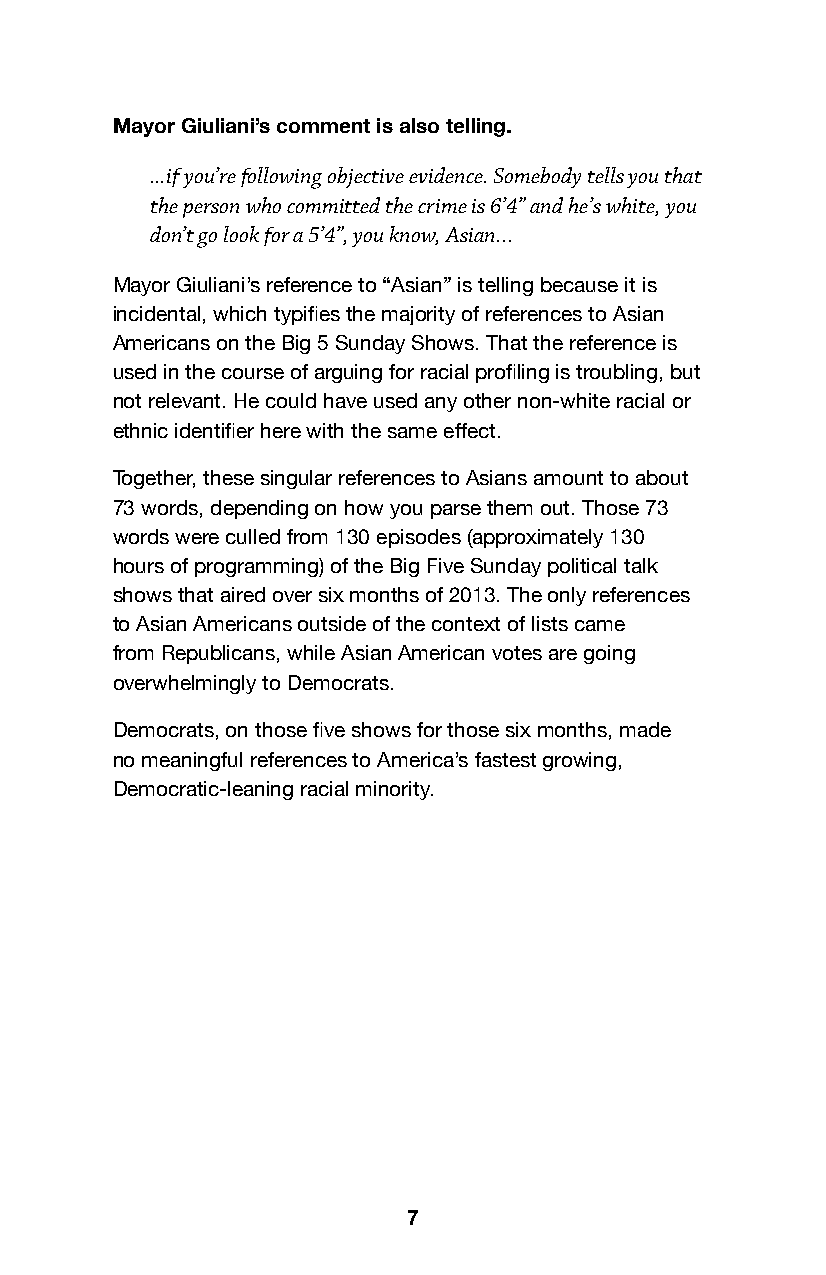
Mayor Giuliani’s comment is also telling.
 ...if you’re following objective evidence. Somebody tells you that
 the person who committed the crime is 6’4” and he’s white, you
 don’t go look for a 5’4”, you know, Asian...
 Mayor Giuliani’s reference to “Asian” is telling because it is
 incidental, which typifies the majority of references to Asian
 Americans on the Big 5 Sunday Shows. That the reference is
 used in the course of arguing for racial profiling is troubling, but
 not relevant. He could have used any other non-white racial or
 ethnic identifier here with the same effect.
 Together, these singular references to Asians amount to about
 73 words, depending on how you parse them out. Those 73
 words were culled from 130 episodes (approximately 130
 hours of programming) of the Big Five Sunday political talk
 shows that aired over six months of 2013. The only references
 to Asian Americans outside of the context of lists came
 from Republicans, while Asian American votes are going
 overwhelmingly to Democrats.
 Democrats, on those five shows for those six months, made
 no meaningful references to America’s fastest growing,
 Democratic-leaning racial minority.
 7